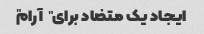
ایجاد یک متضاد برای "آرام"